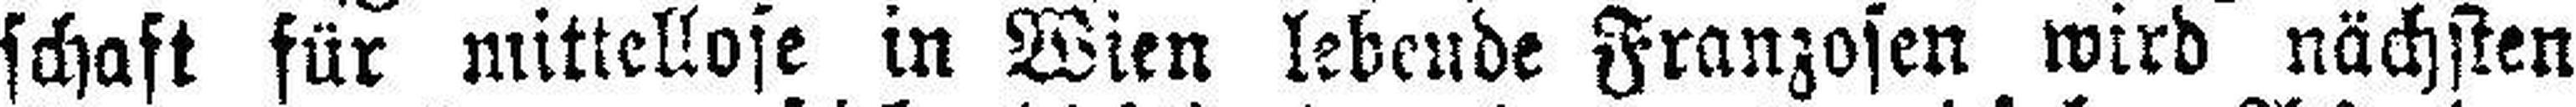
schaft für mittellose in Wien lebende Franzosen wird nächsten